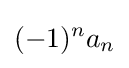
(-1)^{n}a_{n}